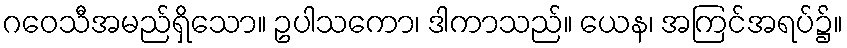
ဂဝေသီအမည်ရှိသော။ ဥပါသကော၊ ဒါကာသည်။ ယေန၊ အကြင်အရပ်၌။